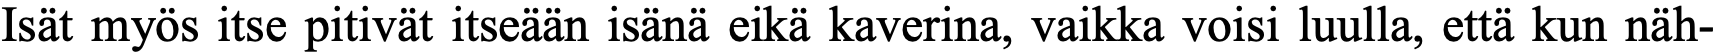
Isät myös itse pitivät itseään isänä eikä kaverina, vaikka voisi luulla, että kun näh-